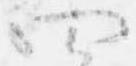
四